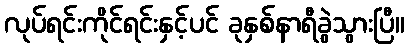
လုပ်ရင်းကိုင်ရင်းနှင့်ပင် ခုနှစ်နာရီခွဲသွားပြီ။